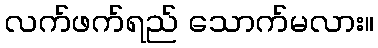
လက်ဖက်ရည် သောက်မလား။